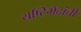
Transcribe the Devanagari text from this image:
यष्टिभेदांची